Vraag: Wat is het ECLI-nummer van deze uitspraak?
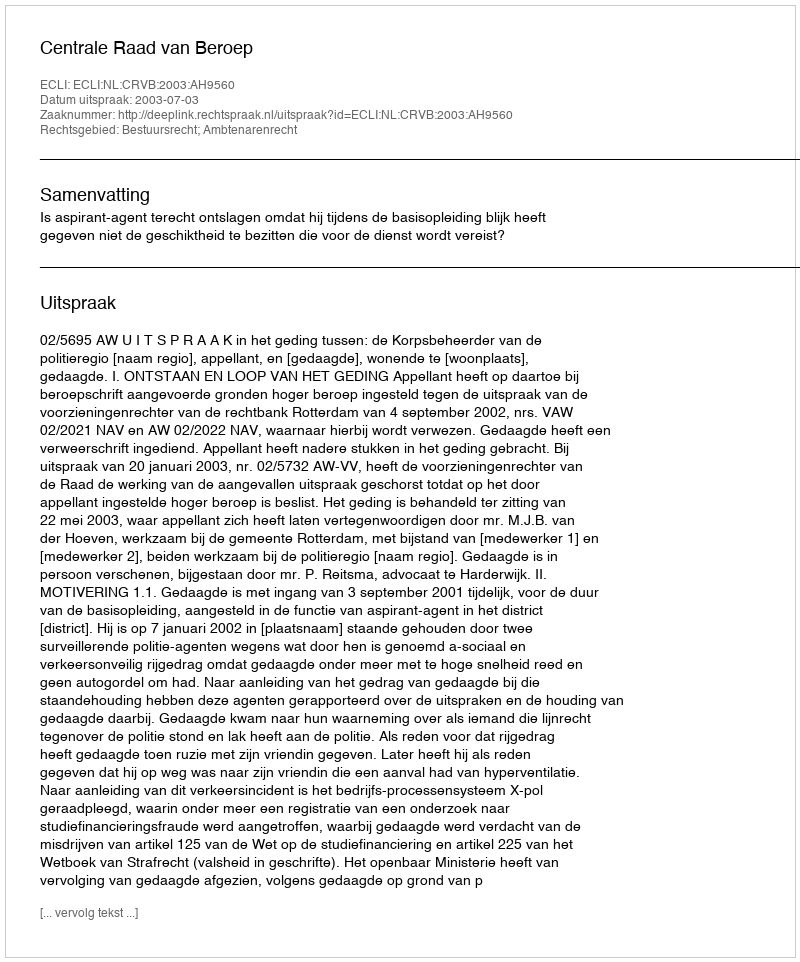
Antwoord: ECLI:NL:CRVB:2003:AH9560